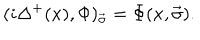
( i \Delta ^ { + } ( x ) , \Phi ) _ { \vec { \sigma } } = \Phi ( x , \vec { \sigma } ) .